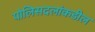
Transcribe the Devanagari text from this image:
पोलिसदलांकडील